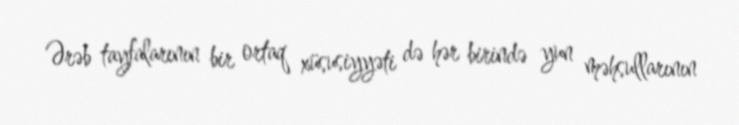
Ərəb tayfalarının bir ortaq xüsusiyyəti də hər birində yun məhsullarının